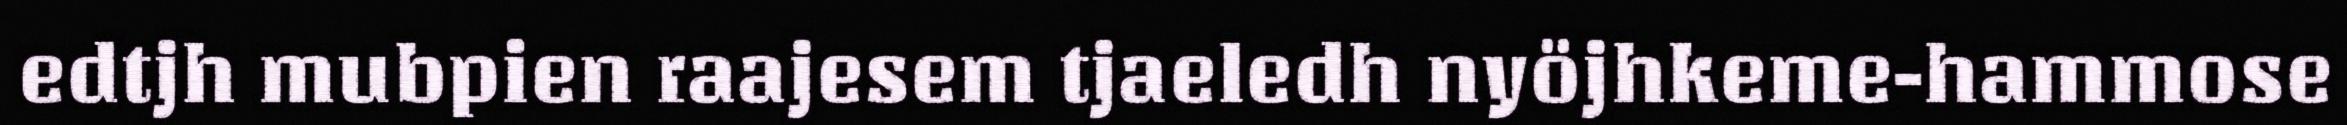
edtjh mubpien raajesem tjaeledh nyöjhkeme-hammose